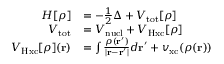
\begin{array} { r l } { H [ \rho ] } & { = - \frac 1 2 \Delta + V _ { \mathrm { t o t } } [ \rho ] } \\ { V _ { \mathrm { t o t } } } & { = V _ { \mathrm { n u c l } } + V _ { \mathrm { H x c } } [ \rho ] } \\ { V _ { \mathrm { H x c } } [ \rho ] ( \mathbf r ) } & { = \int \frac { \rho ( \mathbf r ^ { \prime } ) } { | \mathbf r - \mathbf r ^ { \prime } | } d \mathbf r ^ { \prime } + v _ { \mathrm { x c } } ( \rho ( \mathbf r ) ) } \end{array}